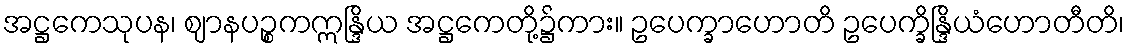
အဋ္ဌကေသုပန၊ ဈာနပဉ္စကဣန္ဒြိယ အဋ္ဌကေတို့၌ကား။ ဥပေက္ခာဟောတိ ဥပေက္ခိန္ဒြိယံဟောတီတိ၊